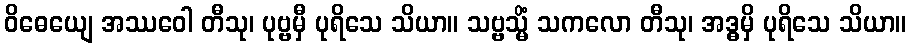
ဝိဓေယျေ အဿဝေါ တီသု၊ ပုဗ္ဗမှီ ပုရိသေ သိယာ။ သဗ္ဗသ္မိံ သကလော တီသု၊ အဒ္ဓမှိ ပုရိသေ သိယာ။